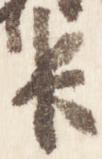
臣